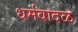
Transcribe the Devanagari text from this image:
धर्मवादळ